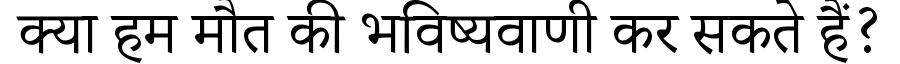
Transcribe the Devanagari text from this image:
क्या हम मौत की भविष्यवाणी कर सकते हैं?